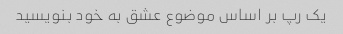
یک رپ بر اساس موضوع عشق به خود بنویسید